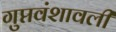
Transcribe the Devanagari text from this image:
गुप्तवंशावली